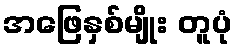
အဖြေနှစ်မျိုး တူပုံ